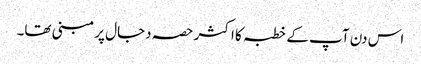
اس دن آپ کے خطبہ کا اکثر حصہ دجال پر مبنی تھا۔